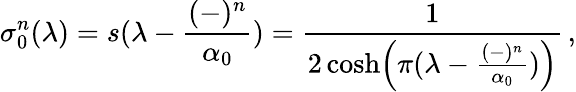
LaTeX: \sigma_{0}^{n}(\lambda)=s(\lambda-{\frac{(-)^{n}}{\alpha_{0}}})={\frac{1}{2\cosh\Bigl(\pi(\lambda-{\frac{(-)^{n}}{\alpha_{0}}})\Bigr)}}\, ,